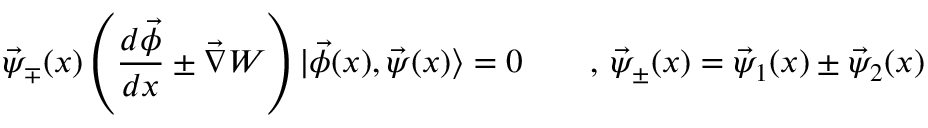
\vec { \psi } _ { \mp } ( x ) \left( \frac { d \vec { \phi } } { d x } \pm \vec { \nabla } W \right) | \vec { \phi } ( x ) , \vec { \psi } ( x ) \rangle = 0 \qquad , \, \vec { \psi } _ { \pm } ( x ) = \vec { \psi } _ { 1 } ( x ) \pm \vec { \psi } _ { 2 } ( x )